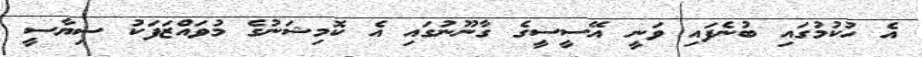
އެ ހުކުމުގައި ބުނެފައި ވަނީ އޭސީސީގެ ގާނޫނުގައި އެ ކޮމިޝަނުގެ މުވައްޒަފަކު ސިޔާސީ